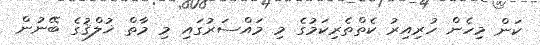
ކަން މިހެން ހުރިއިރު ކެތްތެރިކަމުގެ މި މައްސަރުގައި މި މާތް ޚުލްޤުގެ ބޭނުން